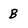
Character: B